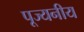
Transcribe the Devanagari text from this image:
पूज्‍यनीय